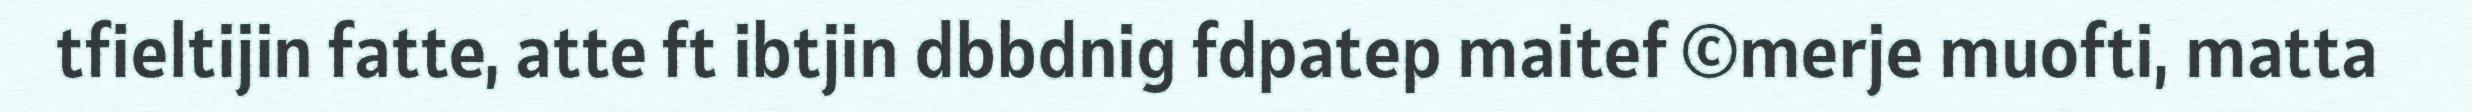
tfieltijin fatte, atte ft ibtjin dbbdnig fdpatep maitef ©merje muofti, matta